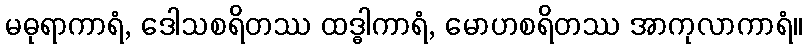
မဓုရာကာရံ, ဒေါသစရိတဿ ထဒ္ဓါကာရံ, မောဟစရိတဿ အာကုလာကာရံ။